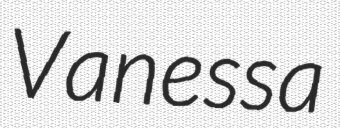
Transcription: Vanessa